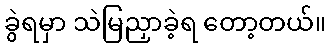
ခွဲရမှာ သဲမြညှာခဲ့ရ တော့တယ်။